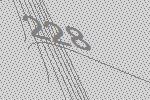
228